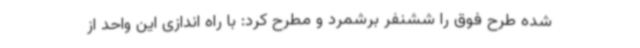
شده طرح فوق را ششنفر برشمرد و مطرح کرد: با راه اندازی این واحد از